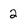
Character: 2